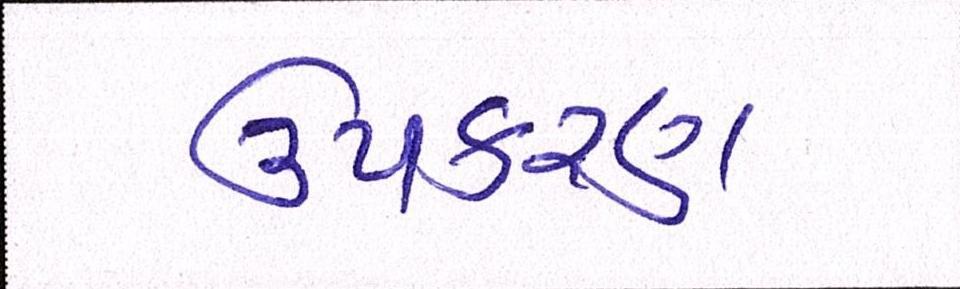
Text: ઉપકરણ